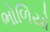
ભોળિયો